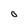
Character: 0